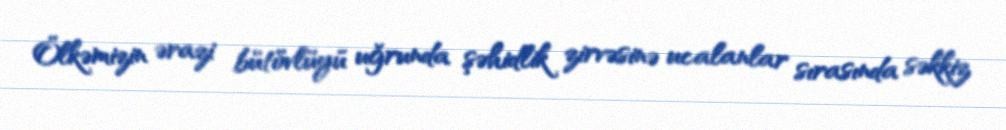
Ölkəmizin ərazi bütövlüyü uğrunda şəhidlik zirvəsinə ucalanlar sırasında səkkiz